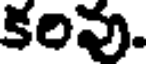
కరివు.